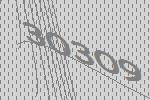
30309